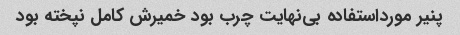
پنیر مورداستفاده بی‌نهایت چرب بود خمیرش کامل نپخته بود